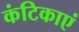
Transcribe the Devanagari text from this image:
कंटिकाएं